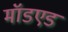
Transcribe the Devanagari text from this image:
मॉडएड